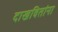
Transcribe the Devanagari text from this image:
दाखवितांना